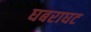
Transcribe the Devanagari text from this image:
घबराघट